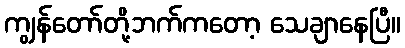
ကျွန်တော်တို့ဘက်ကတော့ သေချာနေပြီ။